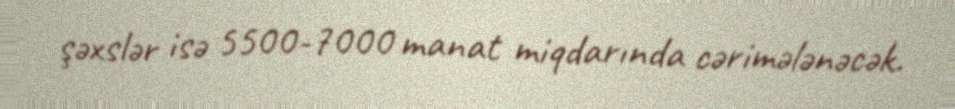
şəxslər isə 5500-7000 manat miqdarında cərimələnəcək.